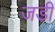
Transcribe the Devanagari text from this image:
जडी़